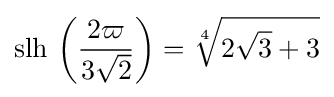
\operatorname {slh} \,\left({\frac {2\varpi }{3{\sqrt {2}}}}\right)={\sqrt[{4}]{2{\sqrt {3}}+3}}